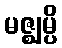
မဇ္ဈမ္ပိ